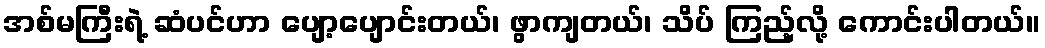
အစ်မကြီးရဲ့ ဆံပင်ဟာ ပျော့ပျောင်းတယ်၊ ဖွာကျတယ်၊ သိပ် ကြည့်လို့ ကောင်းပါတယ်။